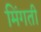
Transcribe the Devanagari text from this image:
मिंगती